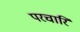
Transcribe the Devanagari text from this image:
परचारि